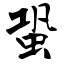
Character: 蛩